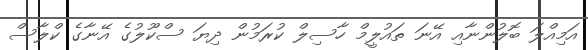
އަމިއްލަ ބޮލުންނާއި އޭނަ ތައުލީމް ހާސިލް ކުރަމުން ދިޔަ ސްކޫލުގެ އޭނާގެ ކްލާސް